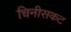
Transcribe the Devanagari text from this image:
चिनीसकट